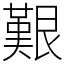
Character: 艱